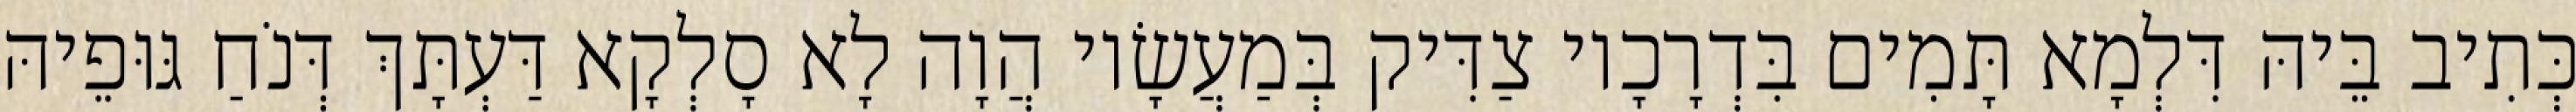
כְּתִיב בֵּיהּ דִּלְמָא תָּמִים בִּדְרָכָיו צַדִּיק בְּמַעֲשָׂיו הֲוָה לָא סָלְקָא דַּעְתָּךְ דְּנֹחַ גּוּפֵיהּ